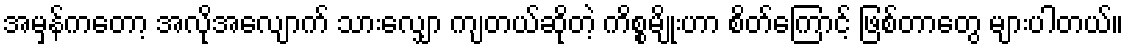
အမှန်ကတော့ အလိုအလျောက် သားလျှော ကျတယ်ဆိုတဲ့ ကိစ္စမျိုးဟာ စိတ်ကြောင့် ဖြစ်တာတွေ များပါတယ်။